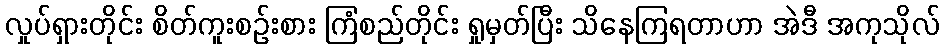
လှုပ်ရှားတိုင်း စိတ်ကူးစဉ်းစား ကြံစည်တိုင်း ရှုမှတ်ပြီး သိနေကြရတာဟာ အဲဒီ အကုသိုလ်